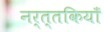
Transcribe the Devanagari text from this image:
नर्त्तकियाँ